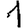
Digit: 1